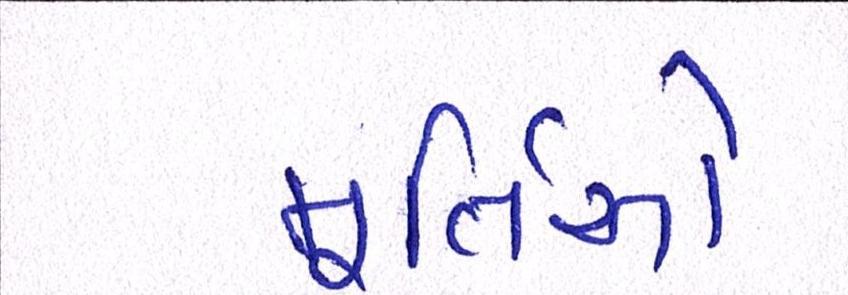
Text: મૂર્તિઓ